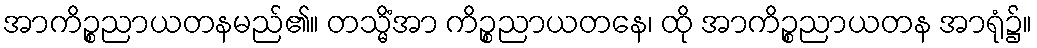
အာကိဉ္စညာယတနမည်၏။ တသ္မိံအာ ကိဉ္စညာယတနေ၊ ထို အာကိဉ္စညာယတန အာရုံ၌။